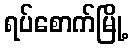
ရပ်စောက်မြို့